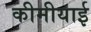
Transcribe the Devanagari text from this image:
कीमीयाई